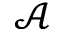
\mathcal { A }